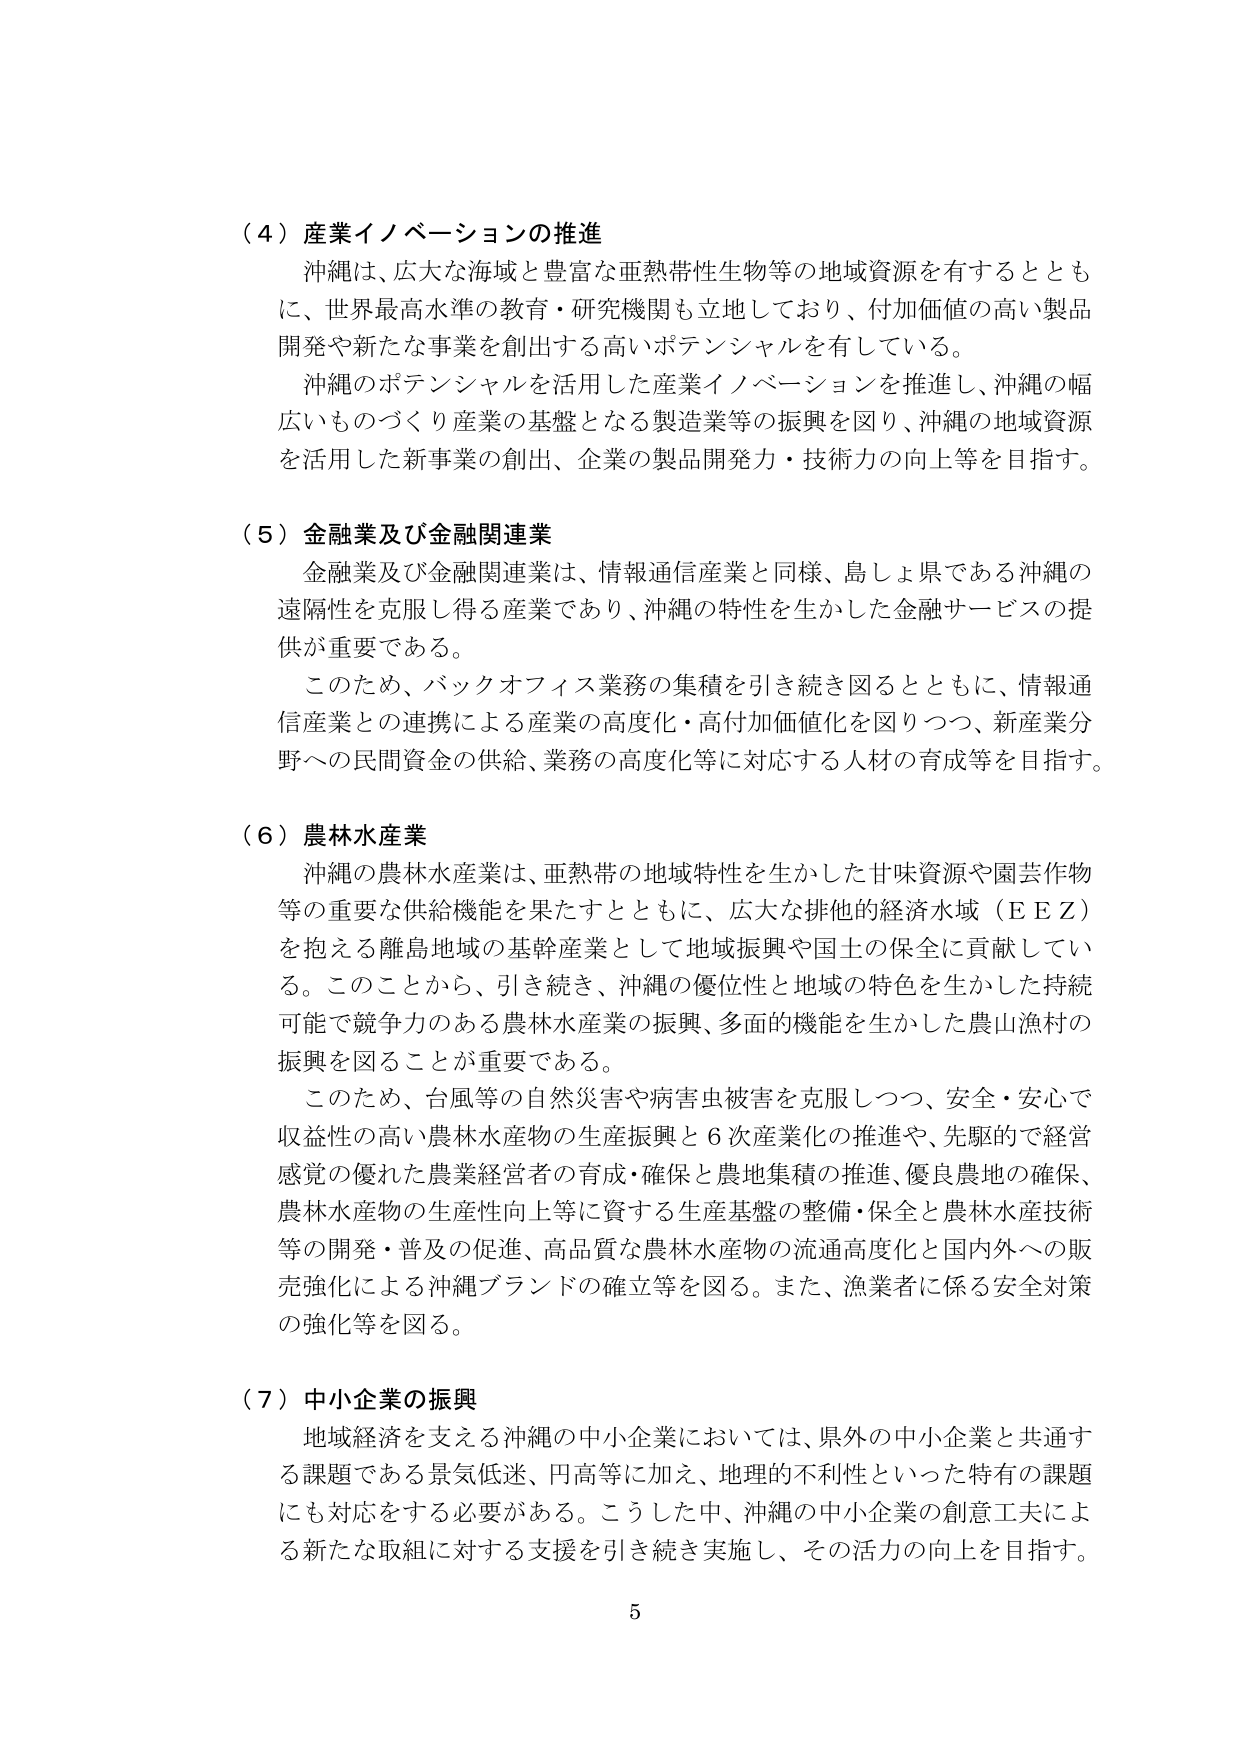
（４）産業イノベーションの推進
沖縄は、広大な海域と豊富な亜熱帯性生物等の地域資源を有するとともに、世界最高水準の教育・研究機関も立地しており、付加価値の高い製品開発や新たな事業を創出する高いポテンシャルを有している。
沖縄のポテンシャルを活用した産業イノベーションを推進し、沖縄の幅広いものづくり産業の基盤となる製造業等の振興を図り、沖縄の地域資源を活用した新事業の創出、企業の製品開発力・技術力の向上等を目指す。

（５）金融業及び金融関連業
金融業及び金融関連業は、情報通信産業と同様、島しょ県である沖縄の遠隔性を克服し得る産業であり、沖縄の特性を生かした金融サービスの提供が重要である。
このため、バックオフィス業務の集積を引き続き図るとともに、情報通信産業との連携による産業の高度化・高付加価値化を図りつつ、新産業分野への民間資金の供給、業務の高度化等に対応する人材の育成等を目指す。

（６）農林水産業
沖縄の農林水産業は、亜熱帯の地域特性を生かした甘味資源や園芸作物等の重要な供給機能を果たすとともに、広大な排他的経済水域（ＥＥＺ）を抱える離島地域の基幹産業として地域振興や国土の保全に貢献している。このことから、引き続き、沖縄の優位性と地域の特色を生かした持続可能で競争力のある農林水産業の振興、多面的機能を生かした農山漁村の振興を図ることが重要である。
このため、台風等の自然災害や病害虫被害を克服しつつ、安全・安心で収益性の高い農林水産物の生産振興と６次産業化の推進や、先駆的で経営感覚の優れた農業経営者の育成・確保と農地集積の推進、優良農地の確保、農林水産物の生産性向上等に資する生産基盤の整備・保全と農林水産技術等の開発・普及の促進、高品質な農林水産物の流通高度化と国内外への販売強化による沖縄ブランドの確立等を図る。また、漁業者に係る安全対策の強化等を図る。

（７）中小企業の振興
地域経済を支える沖縄の中小企業においては、県外の中小企業と共通する課題である景気低迷、円高等に加え、地理的不利性といった特有の課題にも対応をする必要がある。こうした中、沖縄の中小企業の創意工夫による新たな取組に対する支援を引き続き実施し、その活力の向上を目指す。

5